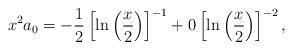
LaTeX: \begin{align*}x^2 a_0 = -\displaystyle\frac{1}{2} \left[ \ln \left(\displaystyle\frac{x}{2} \right) \right]^{-1} + 0 \left[ \ln \left(\displaystyle\frac{x}{2} \right) \right]^{-2},\end{align*}